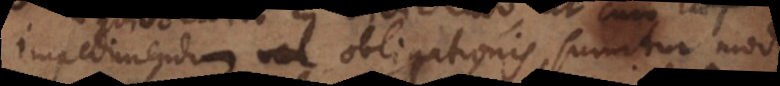
impedimentum vel obligationis, sumitur modo